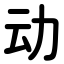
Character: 动